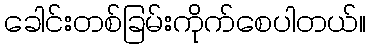
ခေါင်းတစ်ခြမ်းကိုက်စေပါတယ်။